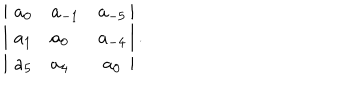
\left| \, \begin{matrix} { { a _ { 0 } \hfill } } & { { a _ { - 1 } \hfill } } & { { a _ { - 5 } } } \\ { { a _ { 1 } \hfill } } & { { a _ { 0 } \hfill } } & { { a _ { - 4 } } } \\ { { a _ { 5 } \hfill } } & { { a _ { 4 } \hfill } } & { { a _ { 0 } } } \\ \end{matrix} \right| .